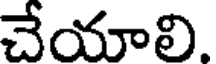
చేయాలి.